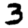
Digit: 3